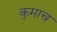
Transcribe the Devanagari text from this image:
कुमाच